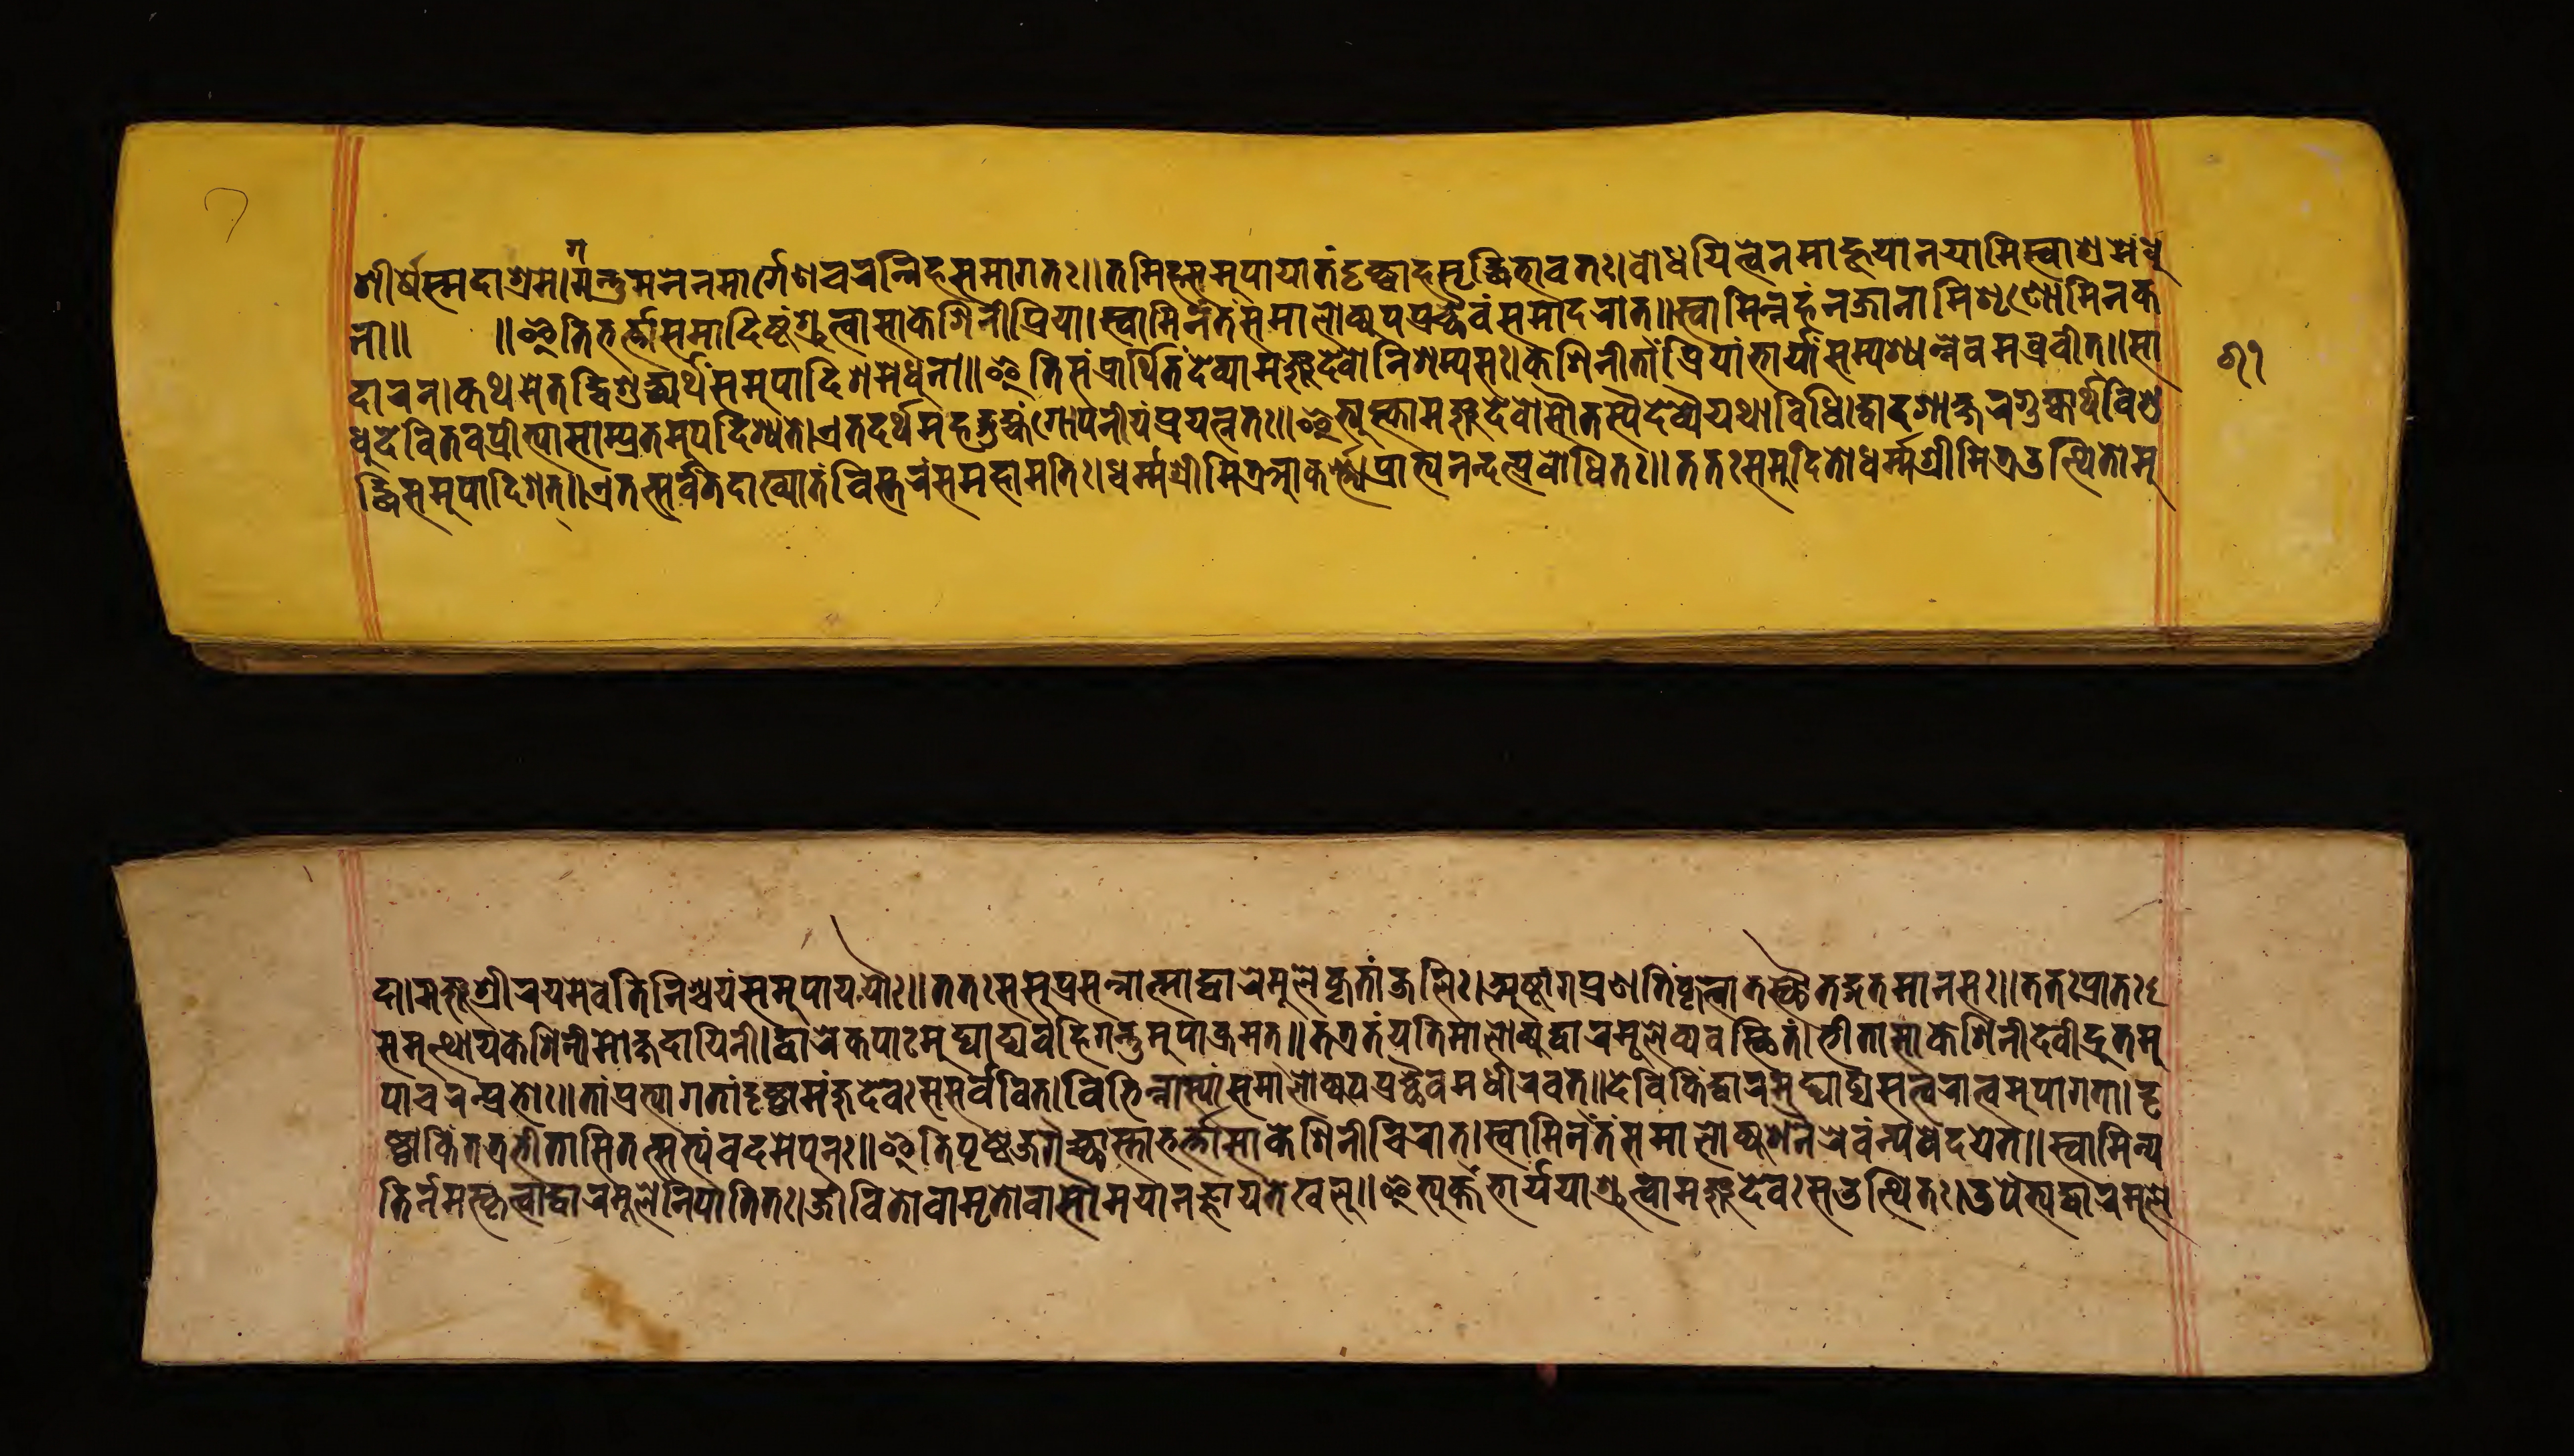
𑐐𑐷𑐠𑐳𑐡𑐵𑐱𑑂𑐬𑐩𑐣𑐣𑑂𑐡𑐩𑐣𑐣𑐩𑐵𑐬𑐐𑐾𑐞𑐞𑐬𑐣𑑂𑐣𑐶𑐴𑐳𑐩𑐵𑐐𑐟𑑅।𑐟𑐩𑐶𑐴𑐣𑐳𑐩𑐸𑐥𑐵𑐫𑐟𑑄𑐡𑐡𑑂𑐡𑐵𑐴𑐩𑐺𑐡𑑂𑐢𑐶𑐟𑐵𑐰𑐟𑑅।𑐧𑑀𑐢𑐫𑐶𑐟𑑂𑐰𑑄𑐣𑐩𑐵𑐮𑐫𑐵𑐣𑐫𑐵𑐩𑐶𑐟𑑂𑐰𑐵𑐱𑐩𑐾𑐣 𑐣 𑐡𑐵𑐬𑐣𑑂।𑐎𑐠𑐩𑐾𑐟𑐡𑑂𑐡𑐰𑐶𑐱𑐸𑐡𑑂𑐢𑐳𑐩𑐸𑐥𑐵𑐡𑐶𑐱𑐣𑐣𑐣𑐵॥𑐂𑐟𑐶𑐳𑑄𑐥𑑂𑐬𑐵𑐠𑐶𑐟𑑄𑐡𑐾𑐰𑐫𑐵𑐩𑐡𑐰𑐵𑐣𑐶𑐱𑐥𑑂𑐫𑐳𑑅।𑐎𑐐𑐶𑐣𑐷𑐟𑐵𑑄𑐥𑑂𑐬𑐶𑐫𑐵𑑄𑐨𑐵𑐫𑑄𑐳𑐩𑑂𑐥𑐱𑑂𑐫𑐣𑑂𑐣𑐰𑐣𑐰𑐰𑐷𑐟𑑂।𑐳𑐵 𑐡𑐰𑐶𑐟𑐰𑐥𑐵𑐟𑑂𑐫𑐵𑐳𑐵𑐥𑑂𑐫𑐟𑐩𑐥𑐡𑐶𑐱𑑂𑐫𑐟𑑂।𑐊𑐟𑐡𑐬𑑂𑐥𑐩𑐴𑐸𑐡𑑄𑐐𑐥𑐣𑐷𑐫𑑄𑐬𑐫𑐣𑑂𑐣𑐟𑑅॥𑐂𑐟𑐎𑑂𑐎𑐵𑐩𑐴𑐡𑐾𑐰𑐵𑐣𑐣𑑂𑐟𑐳𑑂𑐥𑐡𑐾𑐰𑑂𑐫𑑄𑐫𑐠𑐵𑐰𑐶𑐰𑐶𑐡𑐵𑐐𑐎𑑂𑐲𑐬𑐐𑐸𑐎𑐵𑐬𑑂𑐥𑐰𑐶 𑐡𑐳𑐩𑐸𑐥𑐵𑐡𑐶𑐱𑐟𑑂।𑐊𑐟𑐟𑑂𑐳𑐬𑑂𑐰𑐟𑐡𑐵𑐏𑑂𑐫𑐵𑐟𑑄𑐰𑐶𑐳𑑂𑐟𑐬𑑄𑐳𑐩𑐴𑐵𑐩𑐟𑐶𑑅।𑐢𑐬𑑂𑐩𑑄𑑂𑐥𑐩𑐶𑐟𑐣𑐵𑐟𑑂𑐫𑐥𑑂𑐬𑐵𑐟𑑂𑐫𑐣𑐣𑑂𑐡𑑂𑐬𑐰𑑀𑐢𑐶𑐟𑑅॥𑐟𑐟𑑅𑐳𑐩𑐸𑐡𑐶𑐟𑑀𑐢𑐬𑑂𑐩𑑄𑑂𑐬𑐷𑐣𑐶𑐟𑑂𑐬𑐟𑑂𑐰𑐶𑐟𑐵𑐣 𑐡𑐵।𑐣𑐨𑐱𑑂𑐬𑐷𑐬𑐫𑐣𑐣𑑂𑐰𑐟𑐶𑐣𑐶𑐱𑐫𑐳𑐩𑐸𑐥𑐵𑐫𑐫𑐵𑑅।𑐟𑐟𑑅𑐳𑐳𑐸𑑂𑐬𑐳𑐣𑑂𑐣𑐵𑐟𑑂𑐣𑐵𑐡𑐵𑐬𑐾𑐩𑐸𑐮𑐺𑐟𑐵𑐘𑑂𑐖𑐮𑐶𑑅।𑐬𑐸𑐚𑐵𑐐𑐥𑑂𑐬𑐟𑐶𑑄𑐡𑐺𑐣𑑂𑐣𑐵𑐟𑑂𑐟𑐟𑐴𑐟𑐩𑐵𑐣𑐣𑑅।𑐟𑐟𑐥𑑂𑐬𑐟 𑐳𑐩𑐸𑐟𑐠𑐵𑐫𑐡𑐬𑑂𑐐𑐶𑐣𑐵𑐣𑐵𑐡𑐵𑐥𑐶𑐣𑑄।𑐡𑐵𑐬𑐎𑐥𑐵𑐩𑐸𑐫𑐵𑐡𑐰𑐡𑐶𑐣𑑂𑐟𑐡𑐩𑐸𑐥𑐵𑐖𑐩𑐟𑑂॥𑐟𑐟𑑂𑐬𑐟𑑄𑐫𑐟𑐶𑐩𑐵𑐮𑑂𑐫𑐡𑐵𑐬𑐩𑐸𑐮𑐫𑐰𑐳𑑂𑐡𑐶𑐟𑑄।𑐨𑐵𑐟𑐵𑐳𑐵𑐡𑐐𑐶𑐣𑐵𑐡𑐰𑐡𑐸𑐟𑐩 𑐥𑐵𑐔𑐬𑐬𑐟𑐵॥𑐟𑐵𑑄𑐥𑑂𑐬𑐨𑐵𑐐𑐟𑐵𑑄𑐲𑑂𑐚𑐵𑐩𑐴𑐡𑐰𑐳𑐳𑐬𑑂𑐰𑐰𑐶𑐟𑑂।𑐰𑐶𑐨𑐶𑐣𑑂𑐣𑐵𑑂𑐫𑑄𑐳𑐩𑐵𑐮𑑂𑐫𑐥𑐥𑑂𑐬𑐡𑐰𑐣𑐡𑐷𑐬𑐰𑐟𑑂॥𑐡𑐾𑐰𑐶𑐟𑐶𑐡𑐵𑐬𑐵𑐳𑐟𑑂𑐟𑑂𑐣𑐬𑐵𑐟𑑂𑐰𑐩𑐸𑐥𑐵𑐐𑐟𑐵𑐡 𑐰𑐟𑐶𑑄𑐟𑐟𑑂𑐬𑐟𑐷𑐟𑐵𑐳𑐶𑐟𑐟𑑂𑐩𑑂𑐫𑑄𑐰𑐡𑐩𑐥𑐣𑑅॥𑐂𑐟𑐶𑐥𑐸𑐡𑑂𑐡𑐖𑐐𑐣𑑂𑐡𑐵𑐳𑑂𑐟𑐵𑐨𑑂𑐴𑐵𑐳𑐵𑐡𑐾𑐐𑐶𑐣𑐷𑐣𑐶𑐬𑐵𑐟𑑂।𑐳𑐟𑑂𑐰𑐵𑐩𑐶𑐣𑑄𑐟𑑄𑐳𑐩𑐵𑐮𑐵𑐡𑐐𑐣𑐬𑐾𑐰𑑄𑐣𑑂𑐫𑐰𑐡𑐫𑐟𑑂।𑐳𑑂𑐰𑐵𑐩𑐶𑐣𑑂𑐫 𑐟𑐶𑑄𑑂𑐡𑐰𑐵𑐡𑐵𑐬𑐹𑐬𑐣𑐥𑐵𑐟𑐶𑐟𑑅।𑐖𑐵𑐰𑐶𑐟𑐵𑐰𑐵𑐩𑐺𑐟𑑀𑐰𑐵𑐵𑐫𑐵𑐣𑐴𑐵𑐫𑐟𑐴𑐵।॥𑐂𑐟𑑂𑐫𑐎𑑄𑐨𑐵𑐫𑑄𑐫𑐵𑑅𑐱𑐸𑐟𑑂𑐰𑐵𑐩𑐦𑐸𑐡𑑄𑐰𑑄𑐳𑐟𑑂𑐥𑐶𑐟𑑅।𑐡𑐥𑐟𑑂𑐫𑐡𑐵𑐬𑐩 𑑑𑑑